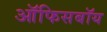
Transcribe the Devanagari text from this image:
ऑफिसबॉय